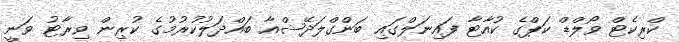
ކްރިކެޓް ވޯލްޑް ކަޕްގެ ކުއާޓާ ފައިނަލްގައި ބަންގްލަދޭޝްއާ ބައްދަލުކުރުމުގެ ކުރިން ވިރާޓު ވަނީ